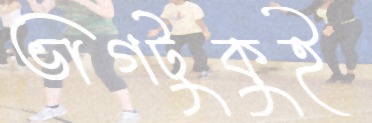
ভাগটুকুই